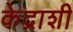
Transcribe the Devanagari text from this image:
केद्राशी